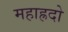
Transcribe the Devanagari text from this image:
महाह्रदो